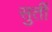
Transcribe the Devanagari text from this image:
सुतीं